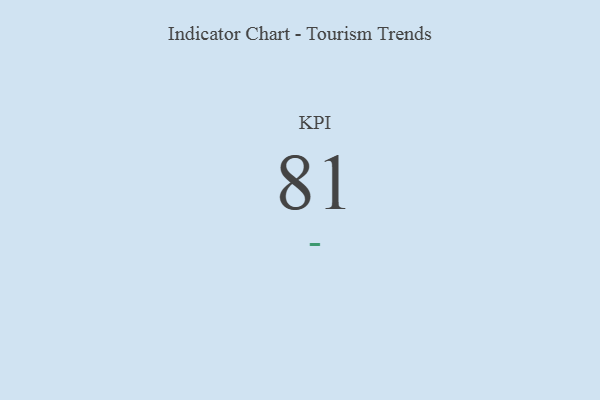
{"axis": {"x": "KPI", "y": "Value"}, "legend": [""], "data": [{"x": "KPI", "y": 81, "type": ""}]}